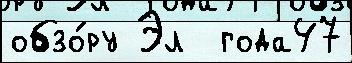
обзо́ру Эл  года47